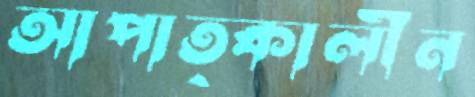
আপাত্কালীন